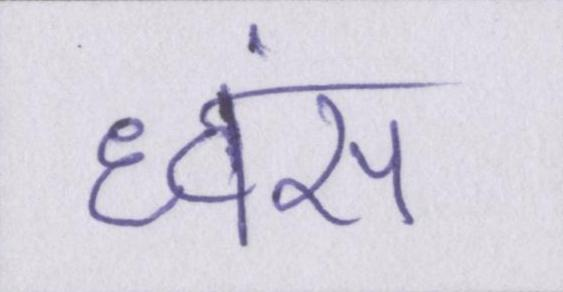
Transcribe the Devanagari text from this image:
ध्वंस